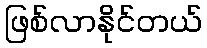
ဖြစ်လာနိုင်တယ်